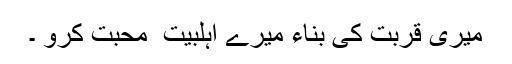
میری قربت کی بناء میرے اہلبیت ؑ محبت کرو ۔